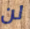
لن